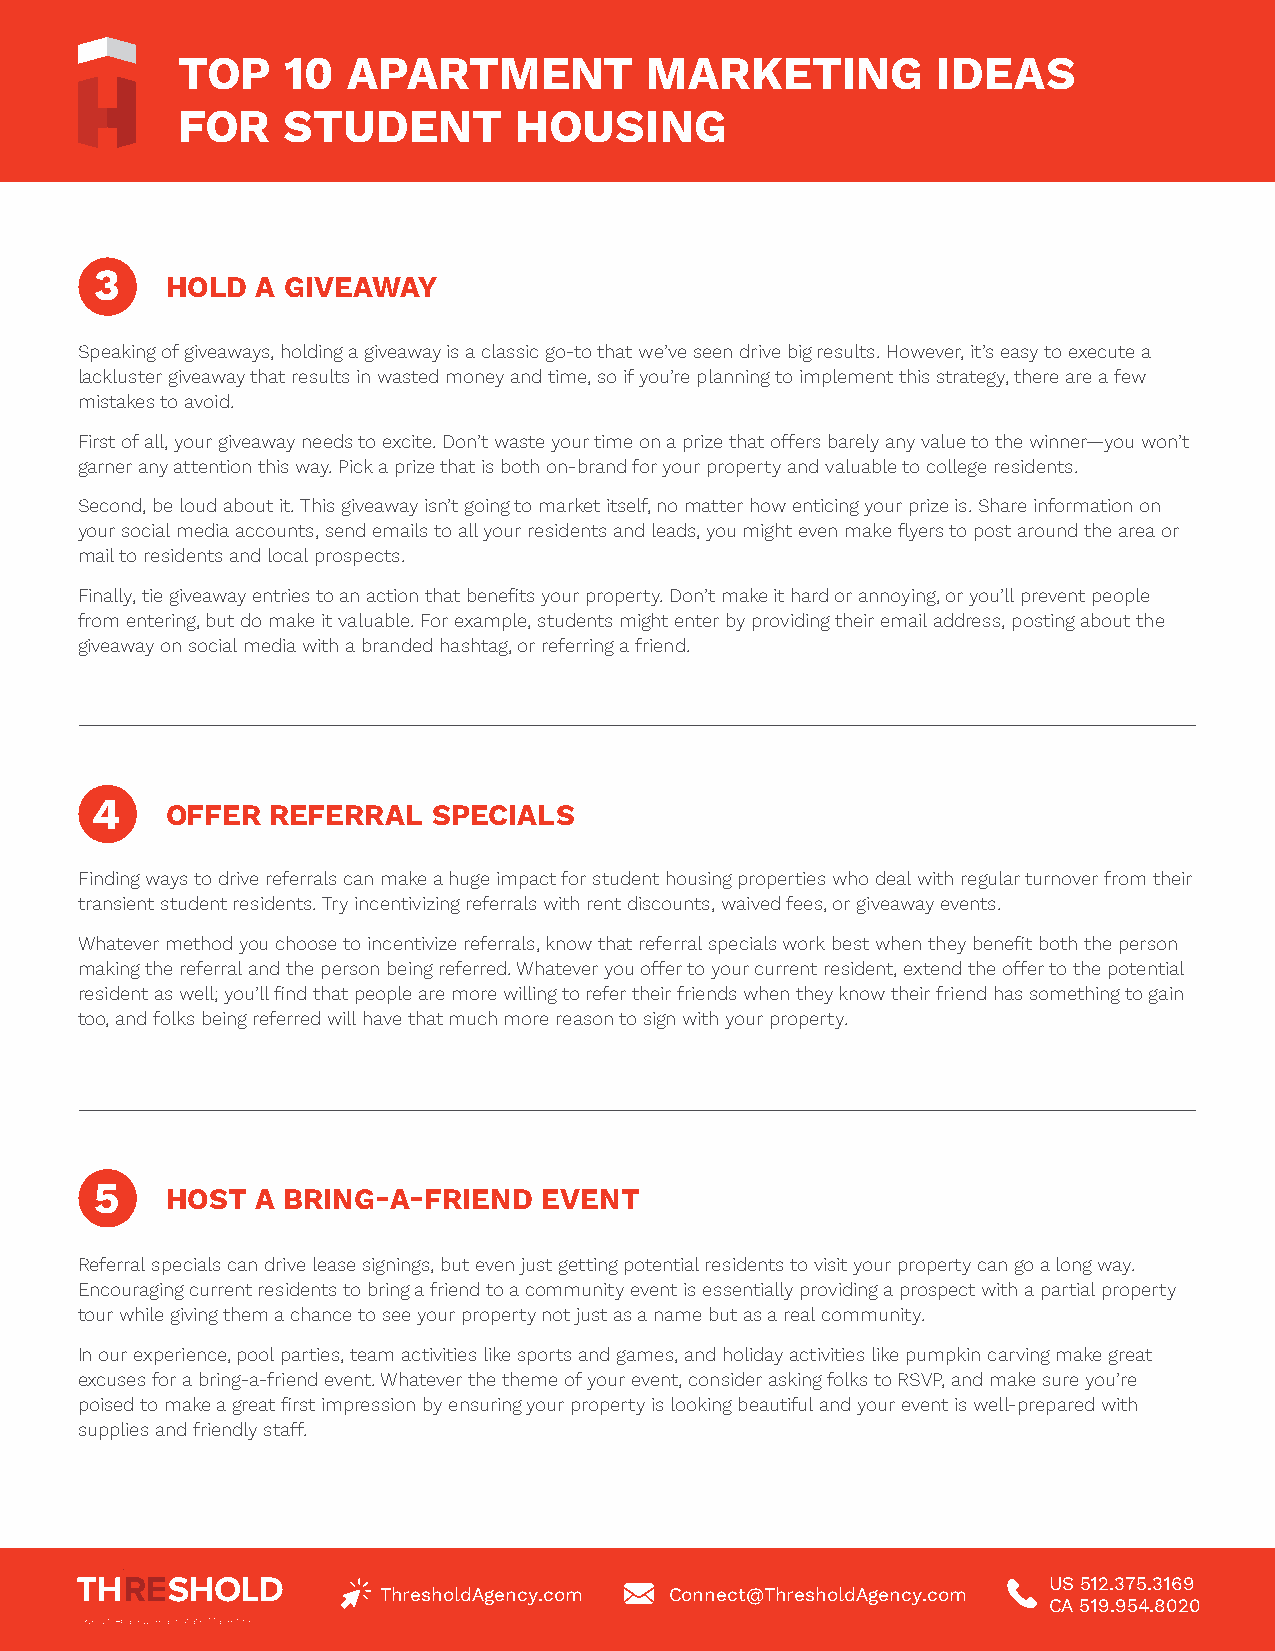
TOP    10  APARTMENT           MARKETING          IDEAS
 FOR    STUDENT        HOUSING
 3
 HOLD  A GIVEAWAY
 Speaking of giveaways, holding a giveaway is a classic go-to that we’ve seen drive big results. However, it’s easy to execute a
 lackluster giveaway that results in wasted money and time, so if you’re planning to implement this strategy, there are a few
 mistakes to avoid.
 First of all, your giveaway needs to excite. Don’t waste your time on a prize that offers barely any value to the winner—you won’t
 garner any attention this way. Pick a prize that is both on-brand for your property and valuable to college residents.
 Second, be loud about it. This giveaway isn’t going to market itself, no matter how enticing your prize is. Share information on
 your social media accounts, send emails to all your residents and leads, you might even make flyers to post around the area or
 mail to residents and local prospects.
 Finally, tie giveaway entries to an action that benefits your property. Don’t make it hard or annoying, or you’ll prevent people
 from entering, but do make it valuable. For example, students might enter by providing their email address, posting about the
 giveaway on social media with a branded hashtag, or referring a friend.
 4    OFFER  REFERRAL   SPECIALS
 Finding ways to drive referrals can make a huge impact for student housing properties who deal with regular turnover from their
 transient student residents. Try incentivizing referrals with rent discounts, waived fees, or giveaway events.
 Whatever method you choose to incentivize referrals, know that referral specials work best when they benefit both the person
 making the referral and the person being referred. Whatever you offer to your current resident, extend the offer to the potential
 resident as well; you’ll find that people are more willing to refer their friends when they know their friend has something to gain
 too, and folks being referred will have that much more reason to sign with your property.
 5    HOST  A BRING-A-FRIEND   EVENT
 Referral specials can drive lease signings, but even just getting potential residents to visit your property can go a long way.
 Encouraging current residents to bring a friend to a community event is essentially providing a prospect with a partial property
 tour while giving them a chance to see your property not just as a name but as a real community.
 In our experience, pool parties, team activities like sports and games, and holiday activities like pumpkin carving make great
 excuses for a bring-a-friend event. Whatever the theme of your event, consider asking folks to RSVP, and make sure you’re
 poised to make a great first impression by ensuring your property is looking beautiful and your event is well-prepared with
 supplies and friendly staff.
 US 512.375.3169
 ThresholdAgency.com Connect@ThresholdAgency.com
 CA 519.954.8020